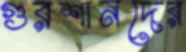
গুরশানদের